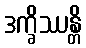
ဒက္ခိဿန္တိ